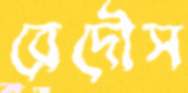
রেদৌস